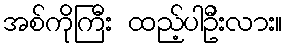
အစ်ကိုကြီး ထည့်ပါဦးလား။